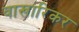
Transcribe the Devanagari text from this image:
वाखारिकर